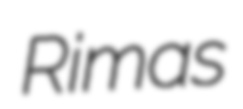
Rimas